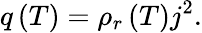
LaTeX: q\left(T\right)={\rho_{r}}\left(T\right){j^{2}}.